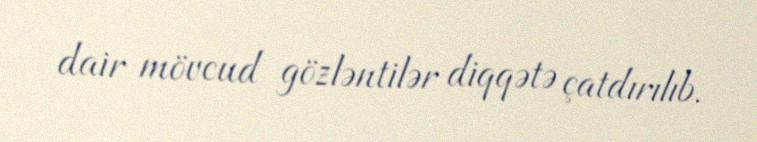
dair mövcud gözləntilər diqqətə çatdırılıb.